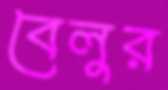
বেলুর